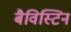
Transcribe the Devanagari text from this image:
बैविस्टिन